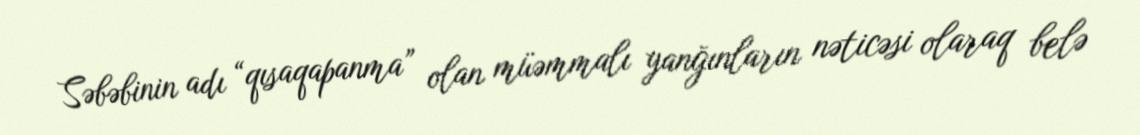
Səbəbinin adı “qısaqapanma” olan müəmmalı yanğınların nəticəsi olaraq belə